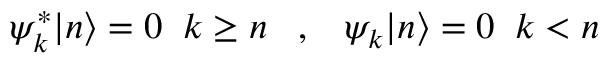
\psi _ { k } ^ { \ast } | n \rangle = 0 \; \; k \geq n \; \; \; , \; \; \; \psi _ { k } | n \rangle = 0 \; \; k < n